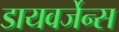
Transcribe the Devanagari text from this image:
डायवर्जेन्स